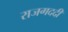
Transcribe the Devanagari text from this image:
राजगददी